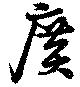
広